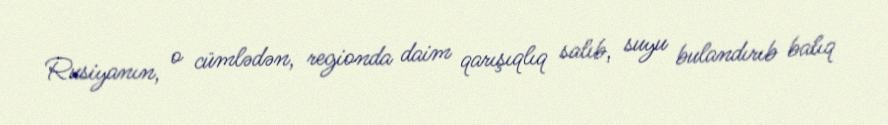
Rusiyanın, o cümlədən, regionda daim qarışıqlıq salıb, suyu bulandırıb balıq